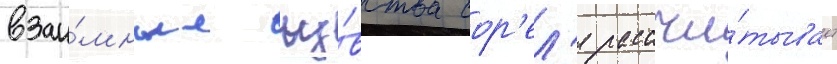
взаи́мные чу́вства сор'ел'я рассчи́тывает